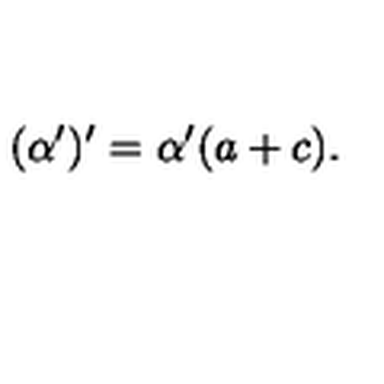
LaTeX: ( \alpha ^ { \prime } ) ^ { \prime } = \alpha ^ { \prime } ( a + c ) .